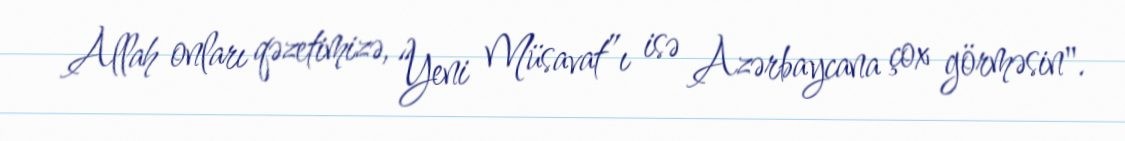
Allah onları qəzetimizə, “Yeni Müsavat”ı isə Azərbaycana çox görməsin".